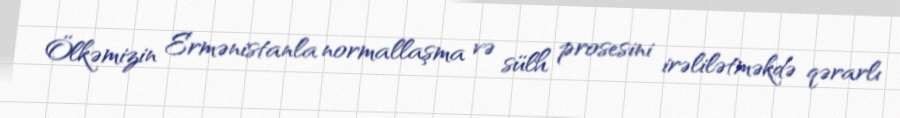
Ölkəmizin Ermənistanla normallaşma və sülh prosesini irəlilətməkdə qərarlı